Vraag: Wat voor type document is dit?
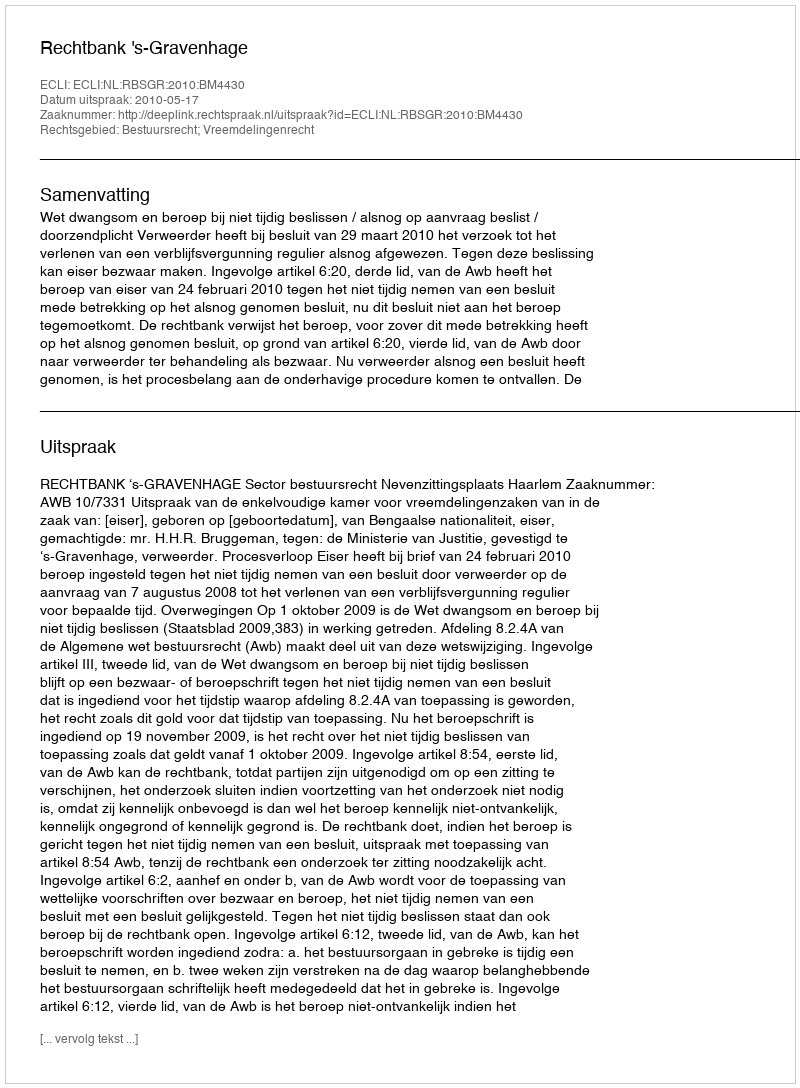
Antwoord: Uitspraak